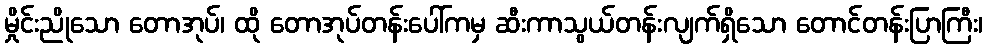
မှိုင်းညိုသော တောအုပ်၊ ထို တောအုပ်တန်းပေါ်ကမှ ဆီးကာသွယ်တန်းလျက်ရှိသော တောင်တန်းပြာကြီး၊